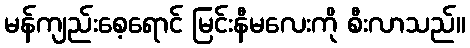
မန်ကျည်းစေ့ရောင် မြင်းနီမလေးကို စီးလာသည်။